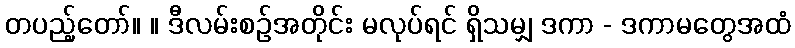
တပည့်တော်။ ။ ဒီလမ်းစဉ်အတိုင်း မလုပ်ရင် ရှိသမျှ ဒကာ - ဒကာမတွေအထံ